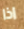
اذا